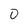
Character: 0